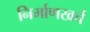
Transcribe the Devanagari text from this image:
निर्माणखर्च